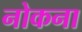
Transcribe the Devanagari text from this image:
नोकना